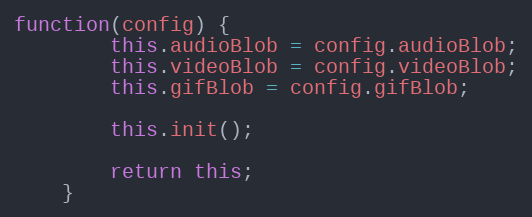
Language: JavaScript
function(config) {
        this.audioBlob = config.audioBlob;
        this.videoBlob = config.videoBlob;
        this.gifBlob = config.gifBlob;

        this.init();

        return this;
    }